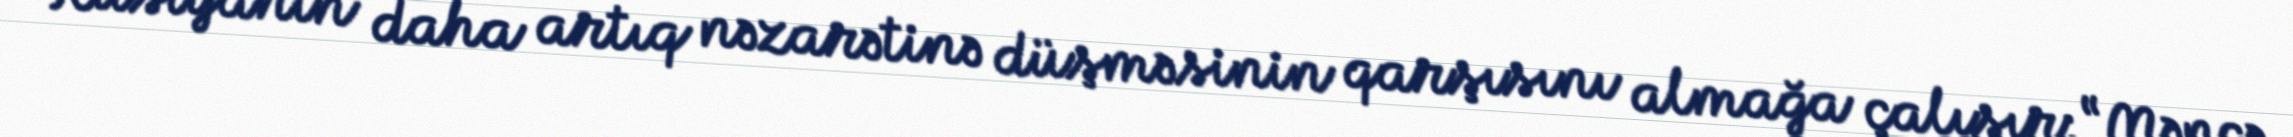
Rusiyanın daha artıq nəzarətinə düşməsinin qarşısını almağa çalışır: “Məncə,